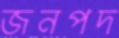
জনপদ